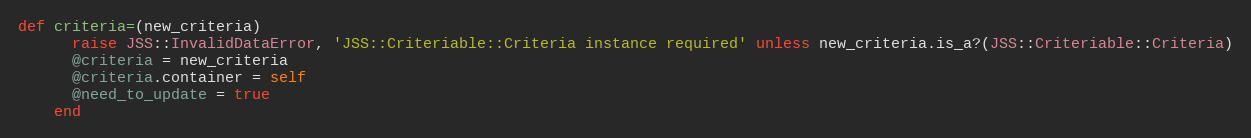
Language: Ruby
def criteria=(new_criteria)
      raise JSS::InvalidDataError, 'JSS::Criteriable::Criteria instance required' unless new_criteria.is_a?(JSS::Criteriable::Criteria)
      @criteria = new_criteria
      @criteria.container = self
      @need_to_update = true
    end